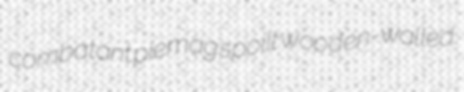
combatant piemag spoilt wooden-walled